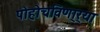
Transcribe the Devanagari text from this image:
पोहोचविणा्र्‍या